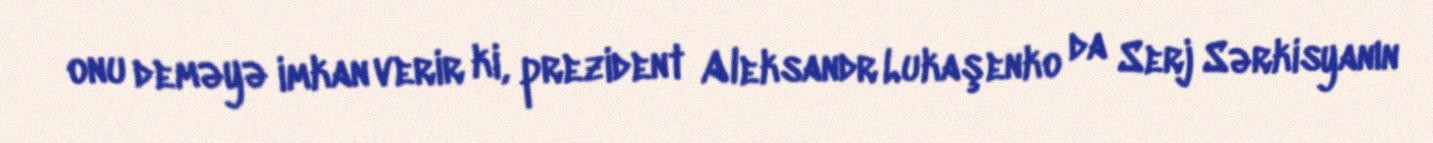
onu deməyə imkan verir ki, prezident Aleksandr Lukaşenko da Serj Sərkisyanın